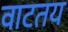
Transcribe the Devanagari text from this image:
वाटतय